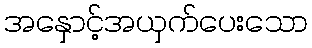
အနှောင့်အယှက်ပေးသော